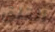
القلق